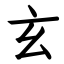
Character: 玄